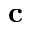
\mathbf { c }